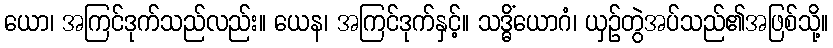
ယော၊ အကြင်ဒုက်သည်လည်း။ ယေန၊ အကြင်ဒုက်နှင့်။ သဒ္ဓိံယောဂံ၊ ယှဉ်တွဲအပ်သည်၏အဖြစ်သို့။